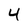
Character: 4